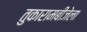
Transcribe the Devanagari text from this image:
तुकारामबीजेला